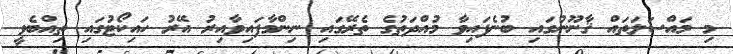
މި މައްސަލަތައް ޤާނޫނުގައި ބުނެފައިވާ މުއްދަތުގެ ތެރޭގައި ނިންމާފައިވާއިރު އޭރު ހައިކޯޓުގައި ތިއްބެވީ